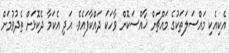
އެކިއެކި މައްސަލަތަކުގެ މައްޗަށް ޚާއްސަކޮށް ވާހަކަ ދައްކާފައެވެ. އަދި އެކަމާ ދެކޮޅަށް ތެދުވުމަށް